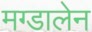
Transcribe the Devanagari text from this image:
मग्डालेन